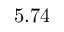
5 . 7 4